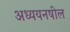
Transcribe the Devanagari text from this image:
अध्ययनषील